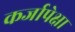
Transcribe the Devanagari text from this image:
कर्जापेक्षा